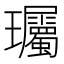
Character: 𬎠